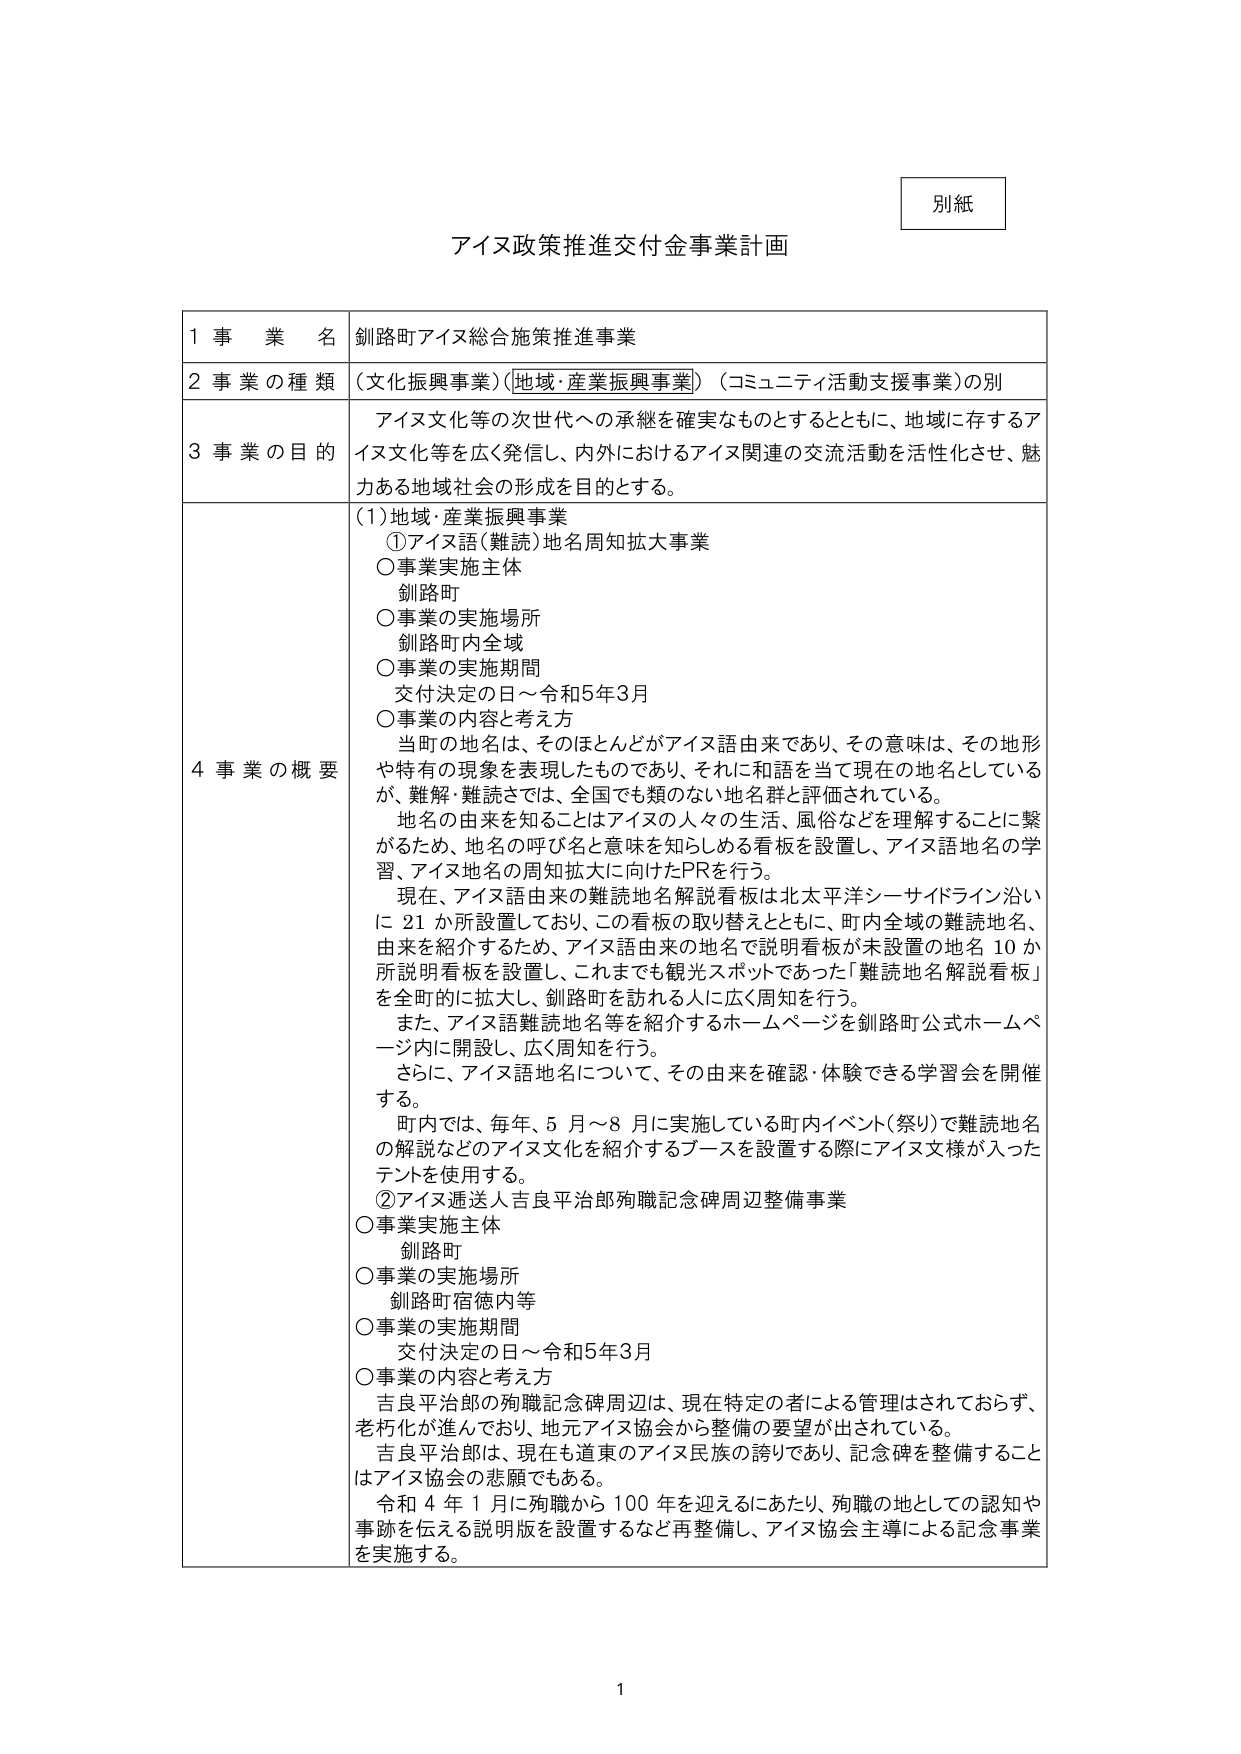
別紙

アイヌ政策推進交付金事業計画

1 事業名 釧路町アイヌ総合施策推進事業

2 事業の種類 （文化振興事業）（地域・産業振興事業）（コミュニティ活動支援事業）の別

3 事業の目的 アイヌ文化等の次世代への承継を確実なものとするとともに、地域に存するアイヌ文化等を広く発信し、内外におけるアイヌ関連の交流活動を活性化させ、魅力ある地域社会の形成を目的とする。

4 事業の概要
（1）地域・産業振興事業
①アイヌ語（難読）地名周知拡大事業
○事業実施主体
釧路町
○事業の実施場所
釧路町内全域
○事業の実施期間
交付決定の日～令和5年3月
○事業の内容と考え方
当町の地名は、そのほとんどがアイヌ語由来であり、その意味は、その地形や特有の現象を表現したものであり、それに和語を当て現在の地名としているが、難解・難読さでは、全国でも類のない地名群と評価されている。
地名の由来を知ることはアイヌの人々の生活、風俗などを理解することに繋がるため、地名の呼び名と意味を知らしめる看板を設置し、アイヌ語地名の学習、アイヌ地名の周知拡大に向けたPRを行う。
現在、アイヌ語由来の難読地名解説看板は北太平洋シーサイドライン沿いに21か所設置しており、この看板の取り替えとともに、町内全域の難読地名、由来を紹介するため、アイヌ語由来の地名で説明看板が未設置の地名10か所説明看板を設置し、これまでも観光スポットであった「難読地名解説看板」を全町的に拡大し、釧路町を訪れる人に広く周知を行う。
また、アイヌ語難読地名等を紹介するホームページを釧路町公式ホームページ内に開設し、広く周知を行う。
さらに、アイヌ語地名について、その由来を確認・体験できる学習会を開催する。
町内では、毎年、5月～8月に実施している町内イベント（祭り）で難読地名の解説などのアイヌ文化を紹介するブースを設置する際にアイヌ文様が入ったテントを使用する。
②アイヌ通送人吉良平治郎殉職記念碑周辺整備事業
○事業実施主体
釧路町
○事業の実施場所
釧路町宿徳内等
○事業の実施期間
交付決定の日～令和5年3月
○事業の内容と考え方
吉良平治郎の殉職記念碑周辺は、現在特定の者による管理はされておらず、老朽化が進んでおり、地元アイヌ協会から整備の要望が出されている。
吉良平治郎は、現在も道東のアイヌ民族の誇りであり、記念碑を整備することはアイヌ協会の悲願でもある。
令和4年1月に殉職から100年を迎えるにあたり、殉職の地としての認知や事跡を伝える説明版を設置するなど再整備し、アイヌ協会主導による記念事業を実施する。

1